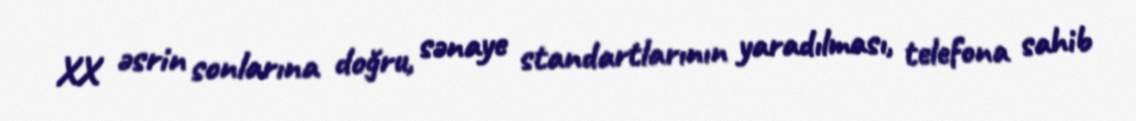
XX əsrin sonlarına doğru, sənaye standartlarının yaradılması, telefona sahib